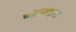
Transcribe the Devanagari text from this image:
चंद्राबद्दल